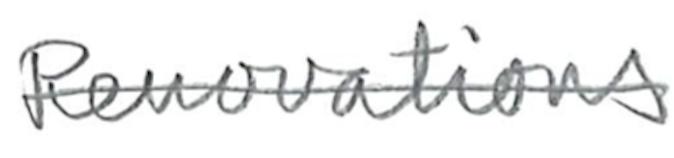
Text: Renovations
Cross-out: single-line
Writing tool: pencil